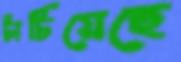
টাটিয়েছে